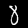
Label: 8